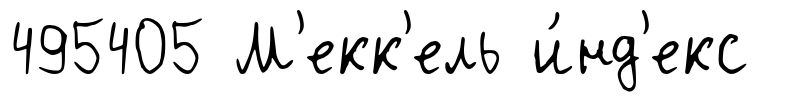
495405 М'екк'ель и́нд'екс